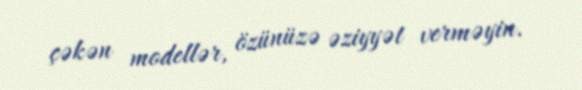
çəkən modellər, özünüzə əziyyət verməyin.